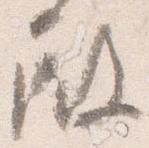
殿